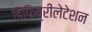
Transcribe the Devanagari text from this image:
डिफिब्रीलेटेशन